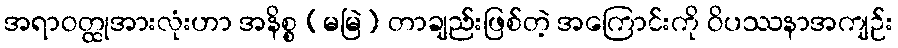
အရာဝတ္ထုအားလုံးဟာ အနိစ္စ (မမြဲ) တာချည်းဖြစ်တဲ့ အကြောင်းကို ဝိပဿနာအကျဉ်း